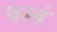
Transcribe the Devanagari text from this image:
वस्त्रं